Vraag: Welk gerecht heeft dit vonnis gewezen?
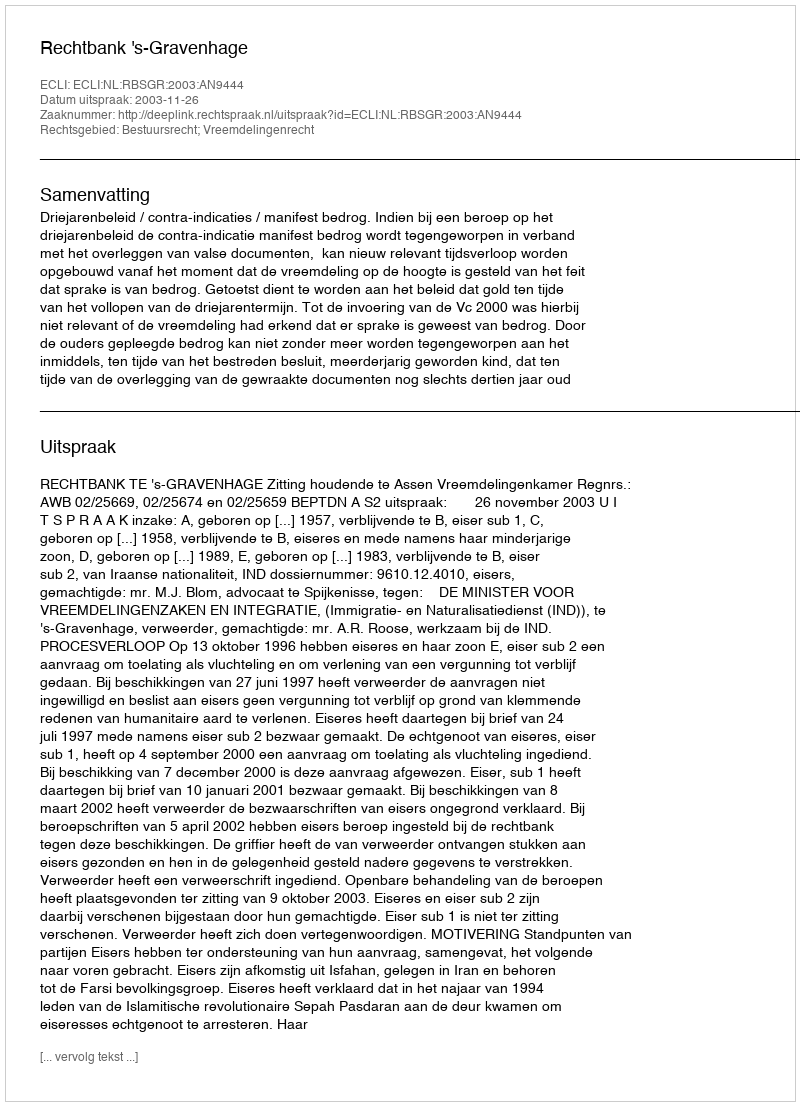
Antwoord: Rechtbank 's-Gravenhage